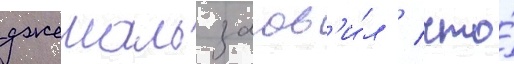
джемаль заав'и́л / что́